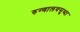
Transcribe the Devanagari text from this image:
रुग्णालयसुध्दा